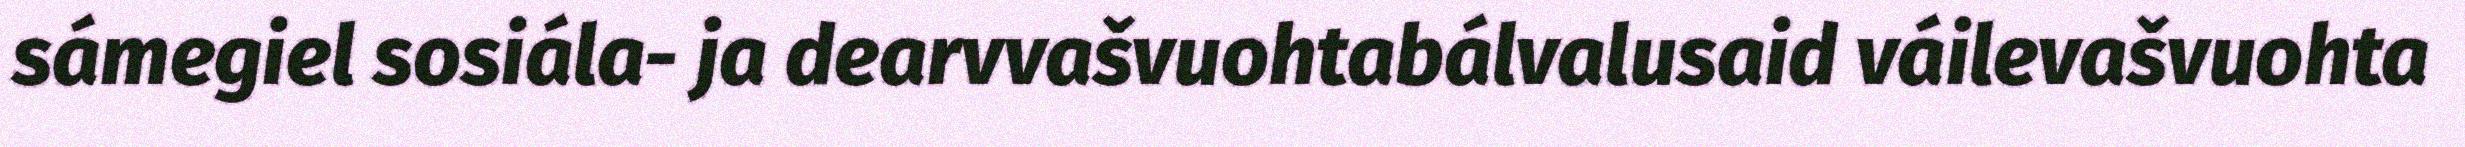
sámegiel sosiála- ja dearvvašvuohtabálvalusaid váilevašvuohta